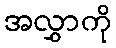
အလွှာကို